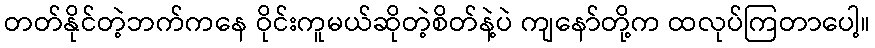
တတ်နိုင်တဲ့ဘက်ကနေ ဝိုင်းကူမယ်ဆိုတဲ့စိတ်နဲ့ပဲ ကျနော်တို့က ထလုပ်ကြတာပေါ့။